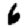
Digit: 6